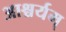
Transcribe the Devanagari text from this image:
आश्चर्यम्